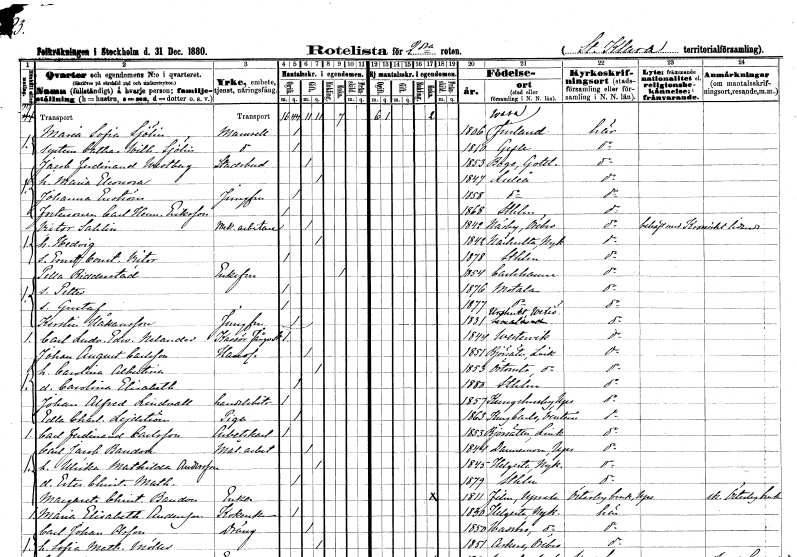
gt_parse: households: individuals: FN: Maria Sofia
EN: Sjölin
KON: K
CIV: O
FODAR: 1806
FN: Catarina Wilhelmina
EN: Sjölin
KON: K
CIV: O
FODAR: 1810
FODFORS: Gävle Gävleborgs län
FN: Jacob Ferdinand
EN: Westberg
YRKE: Stadsbud
KON: M
CIV: G
FODAR: 1853
FODFORS: Boge Gotlands län
FN: Maria Eleonora
KON: K
CIV: G
FODAR: 1847
FODFORS: Luleå Norrbottens län
FN: Johanna
EN: Enström
YRKE: Jungfru
KON: K
CIV: O
FODAR: 1858
FODFORS: Luleå Norrbottens län
FN: Carl Herman
EN: Eriksson
KON: M
CIV: O
FODAR: 1868
FODFORS: Stockholm
FN: Victor
EN: Sahlin
YRKE: Mekanikerarbetare
KON: M
CIV: G
FODAR: 1842
FODFORS: Näsby Örebro län
FN: Hedvig
KON: K
CIV: G
FODAR: 1842
FODFORS: Näshulta Södermanlands län
FN: Ernst Constantin Victor
KON: M
CIV: O
FODAR: 1878
FODFORS: Stockholm
FN: Pella
EN: Ridderstad
KON: K
CIV: E
FODAR: 1854
FODFORS: Karlshamn Blekinge län
FN: Petter
KON: M
CIV: O
FODAR: 1876
FODFORS: Motala Östergötlands län
FN: Gustaf
KON: M
CIV: O
FODAR: 1877
FODFORS: Motala Östergötlands län
FN: Kerstin
EN: Håkansson
YRKE: Jungfru
KON: K
CIV: O
FODAR: 1831
FODFORS: Urshult Kronobergs län
FN: Carl Ludvig Edward
EN: Nelander
YRKE: Kassör vid Fångvårdsstyrelsen
KON: M
CIV: O
FODAR: 1844
FODFORS: Västervik Kalmar län
FN: Johan August
EN: Carlsson
YRKE: Handlande
KON: M
CIV: G
FODAR: 1851
FODFORS: Björsäter Östergötlands län
FN: Carolina Albertina
KON: K
CIV: G
FODAR: 1853
FODFORS: Örtomta Östergötlands län
FN: Carolina Elisabeth
KON: K
CIV: O
FODAR: 1880
FODFORS: Stockholm
FN: Johan Alfred
EN: Lindvall
YRKE: Handelsbiträde
KON: M
CIV: O
FODAR: 1857
FODFORS: Kungs-Husby Uppsala län
FN: Edla Charlotta
EN: Lejdström
YRKE: Piga
KON: K
CIV: O
FODAR: 1863
FODFORS: Kung Karl Västmanlands län
FN: Carl Ferdinand
EN: Carlsson
YRKE: Arbetskarl
KON: M
CIV: O
FODAR: 1853
FODFORS: Björsäter Östergötlands län
FN: Carl Jacob
EN: Baudou
YRKE: Måleriarbetare
KON: M
CIV: G
FODAR: 1844
FODFORS: Dannemora Uppsala län
FN: Ulrika Mathilda
EN: Andersson
KON: K
CIV: G
FODAR: 1845
FODFORS: Helgesta Södermanlands län
FN: Ester Christina Mathilda
KON: K
CIV: O
FODAR: 1879
FODFORS: Stockholm
FN: Margareta Christina
EN: Baudou
YRKE: Änka
KON: K
CIV: E
FODAR: 1811
FODFORS: Film Uppsala län
FN: Maria Elisabeth
EN: Andersson
YRKE: Kokerska
KON: K
CIV: O
FODAR: 1830
FODFORS: Helgesta Södermanlands län